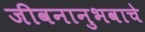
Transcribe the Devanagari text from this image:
जीवनानुभवाचे